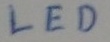
Text: LED